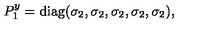
P _ { 1 } ^ { y } = \mathrm { d i a g } ( \sigma _ { 2 } , \sigma _ { 2 } , \sigma _ { 2 } , \sigma _ { 2 } , \sigma _ { 2 } ) , \,